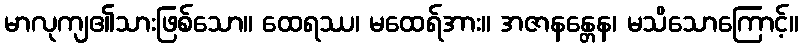
မာလုကျ၏သားဖြစ်သော။ ထေရဿ၊ မထေရ်အား။ အဇာနန္တေန၊ မသိသောကြောင့်။